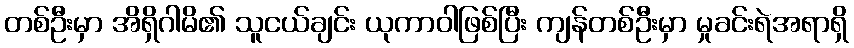
တစ်ဦးမှာ အိရှိဂါမိ၏ သူငယ်ချင်း ယုကာဝါဖြစ်ပြီး ကျန်တစ်ဦးမှာ မှုခင်းရဲအရာရှိ